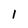
Character: 1